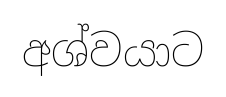
අශ්වයාට